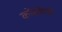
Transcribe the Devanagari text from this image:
कोंडकेंची